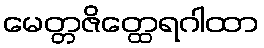
မေတ္တဇိတ္ထေရဂါထာ